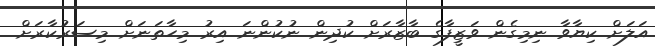
އަލަށް ކިޔާވާ ނިމިގެން ވަޒީފާގެ ބާޒާރަށް ކުދިން ނުކުންނަ އިރު މިހާތަނަށް މިސަރުކާރަށް